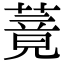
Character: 䔔